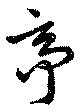
亭